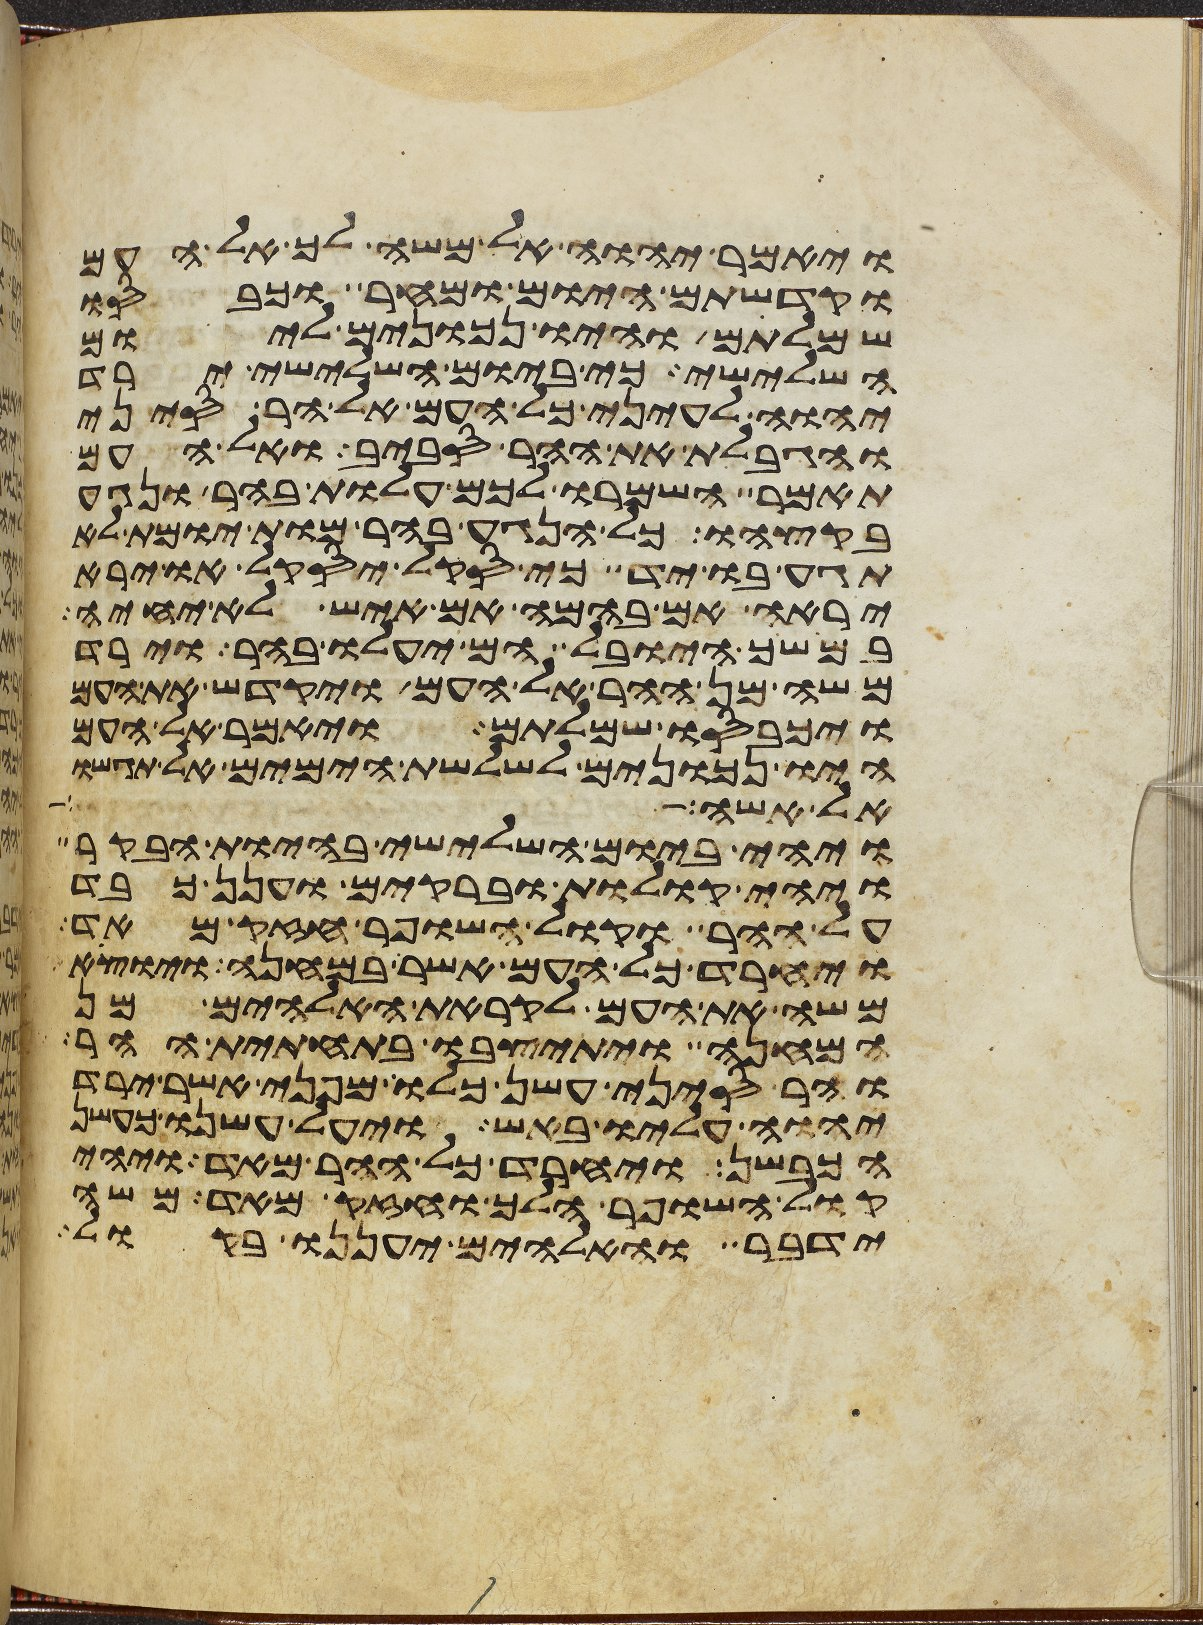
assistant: ויאמר יהוה אל משה לך אל העם
וקדשתם היום ומחר וכבסו
שמלותם והיו נכונים ליום
השלישי כי ביום השלישי ירד
יהוה לעיני כל העם אל הר סיני
והגבלת את ההר סביב ואל העם
תאמר השמרו לכם עלות בהר ונגע
בקצהו כל הנגע בהר מות יומת לא
תגע בו יד כי סקל יסקל או ירא
יראה אם בהמה אם איש לא יחיה
במושך היובל הם יעלו בהר וירד
משה מן ההר אל העם ויקדש את העם
ויכבסו שמלותם ויאמר אל העם
היו נכונים לשלשת הימים אל תגשו
אל אשה
ויהי ביום השלישי בהיות הבקר
ויהי קולות וברקים וענן כבד
על ההר וקול השופר חזק מאד
ויחרד כל העם אשר במחנה ויוצא
משה את העם לקראת האלהים מן
המחנה ויתיצבו בתחתית ההר
והר סיני עשן כלו מפני אשר ירד
יהוה עליו באש ויעל עשנו כעשן
הכבשן ויחרד כל ההר מאד ויהי
קול השופר הלך וחזק מאד משה
ידבר והאלהים יעננו בקול